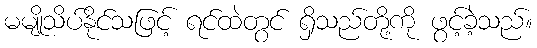
မမျိုသိပ်နိုင်သဖြင့် ရင်ထဲတွင် ရှိသည်တို့ကို ဖွင့်ခဲ့သည်။